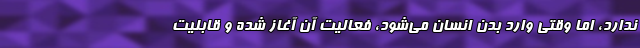
ندارد، اما وقتی وارد بدن انسان می‌شود، فعالیت آن آغاز شده و قابلیت